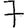
Digit: 7